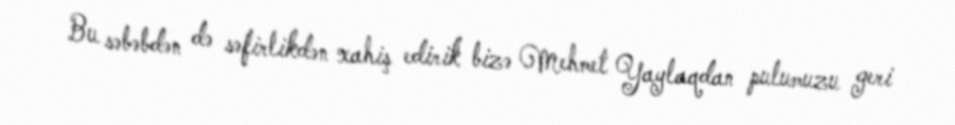
Bu səbəbdən də səfirlikdən xahiş edirik bizə Mehmet Yaylaqdan pulumuzu geri